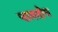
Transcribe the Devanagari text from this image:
चालतोच